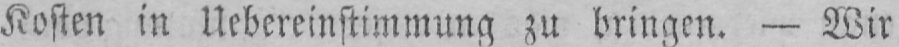
Kosten in Uebereinstimmung zu bringen. - Wir